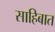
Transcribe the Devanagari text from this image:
साहिबात